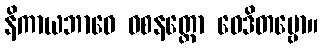
နိကာယဘာဝေ ဝစနတ္ထော ဝေဒိတဗ္ဗော။